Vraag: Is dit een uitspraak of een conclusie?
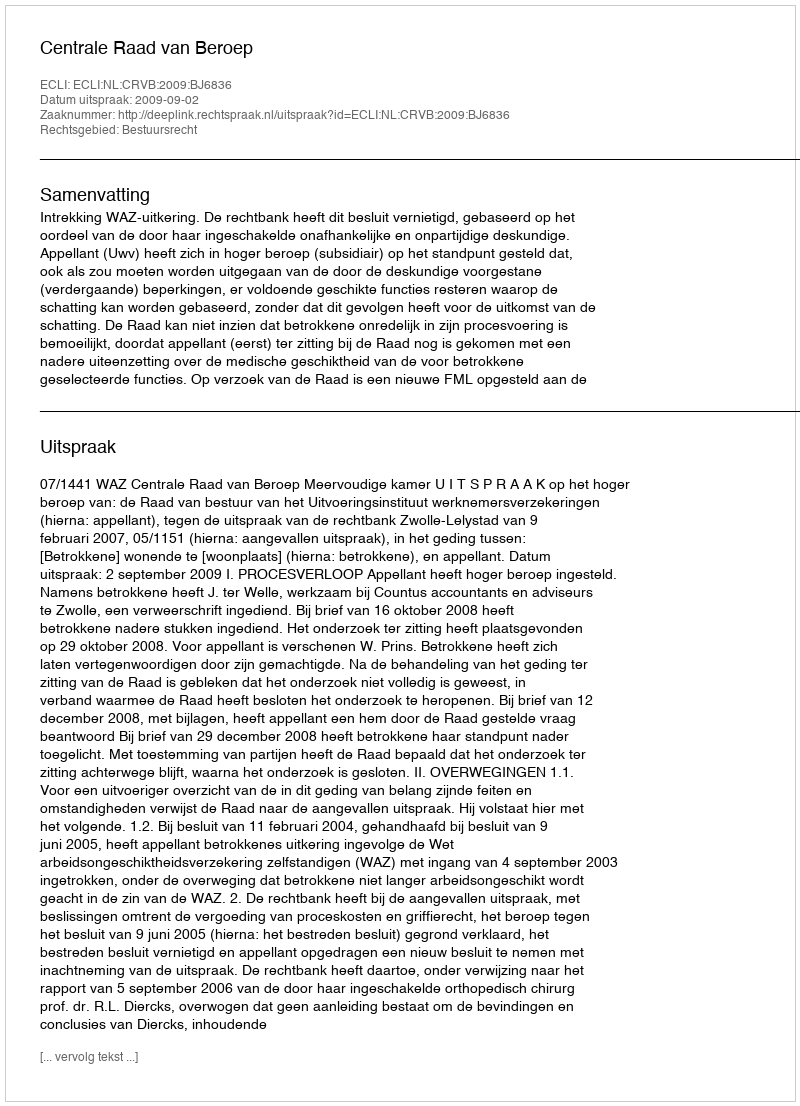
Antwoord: Uitspraak